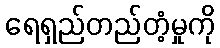
ရေရှည်တည်တံ့မှုကို